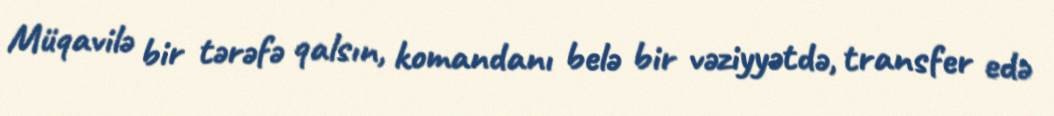
Müqavilə bir tərəfə qalsın, komandanı belə bir vəziyyətdə, transfer edə